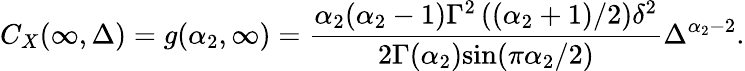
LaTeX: C_{X}(\infty,\Delta)=g(\alpha_{2},\infty)=\frac{\alpha_{2}(\alpha_{2}-1)\Gamma^{2}\left((\alpha_{2}+1)/2\right)\delta^{2}}{2\Gamma(\alpha_{2})\mathrm{sin}(\pi\alpha_{2}/2)}\Delta^{\alpha_{2}-2}.